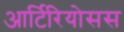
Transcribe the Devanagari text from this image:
आर्टिरियोसस